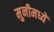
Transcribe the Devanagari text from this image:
मुनीमध्यें